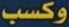
وكسب